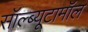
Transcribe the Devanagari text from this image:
सॉल्ब्यूटामॉल